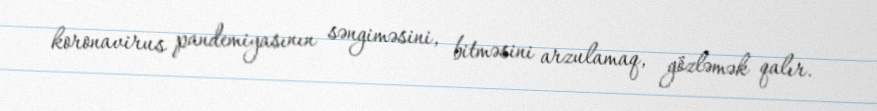
koronavirus pandemiyasının səngiməsini, bitməsini arzulamaq, gözləmək qalır.